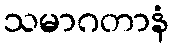
သမာဂတာနံ